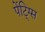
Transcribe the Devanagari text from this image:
पेंटि्ग्स